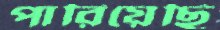
পারিয়েছি